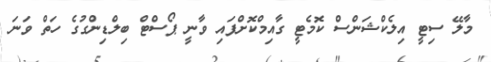
މާލޭ ސިޓީ އިލެކްޝަންސް ކޮމެޓީ ގާއިމްކޮށްފައި ވާނީ ޕޯސްޓް ބިލްޑިންގުގެ ހަތް ވަނަ